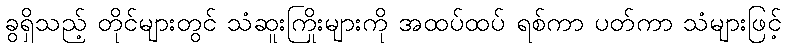
ခွရှိသည့် တိုင်များတွင် သံဆူးကြိုးများကို အထပ်ထပ် ရစ်ကာ ပတ်ကာ သံများဖြင့်